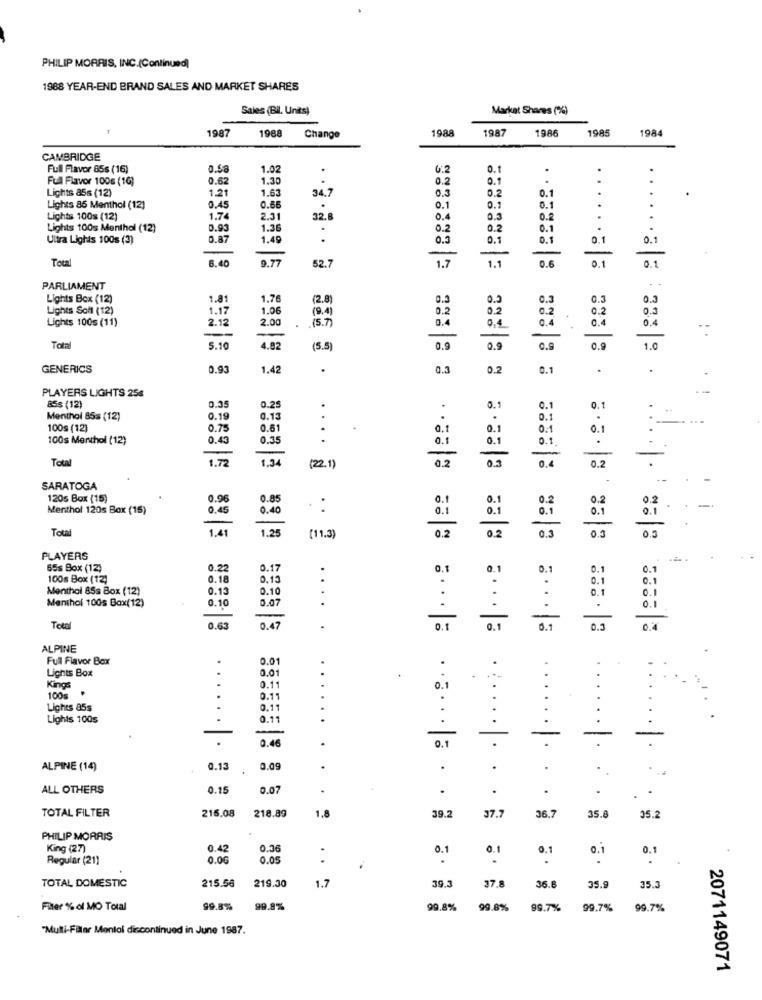
PHILIP MORRIS, INC.(Continued]
1988 YEAR-END BRAND SALES AND MARKET SHARES
Sales (Bil. Units)
Market Shares (%)
1987
1988
1988
1987
1986
1985
1984
Change
CAMBRIDGE
Full Flavor 85s (16)
0.5
1.02
4:2
0.1
.
Full Flavor 100g (16)
0.62
1.30
0.2
0.1
Lights 85s (12)
1.21
1.63
0.3
0.2
0.1
34.7
Lights 85 Menthol (12)
0.66
0.1
0.1
0.1
Lights 100s (12)
1.74
2.31
32.
0.4
0.2
0.2
.. .
Lights 100s Menthol (12)
0.93
1.36
0.2
0.2
0.1
Ultra Lights 100s (3)
0.87
1.49
0.3
0.1
0.1
0.1
0.1
-
Total
9.77
1.7
1.1
0.6
0.1
6.40
52.7
0.1
. .
PARLIAMENT
Lights Box (12)
1.81
1.76
(2.8
0.3
0.3
0.3
0.3
Lights Soft (12)
1.12
1.06
(9.4)
0.2
0.2
0.2
0.2
0.1
Lights 100s (11)
2.12
2.00
(5.7
0.4
0.4
0.4
0.4
0.4
Total
5.10
4.82
(5.5
0.9
0.9
0.9
1.0
GENERICS
0.93
1.42
0.3
0.2
0.1
PLAYERS LIGHTS 258
0.35
858 (12)
0.25
0.1
0.1
0.1
Menthol 85s (12)
0.19
0.13
0.1
.
100s (12)
0.75
0.61
.
0.1
0.1
0:1
0.1
100s Menthol (12)
0.43
0.35
0.1
0.1
0.1
.
-
Total
1.72
0.2
0.4
0.2
(22.1)
SARATOGA
120s Box (15)
0.96
0.85
.
0.1
0.1
0.2
0.2
Menthol 120s Box (15)
0.45
0.40
0.
0.1
0.1
0.1
0.1
Total
1.4
1.25
0.2
0.3
0,0
(11.3)
0.3
PLAYERS
65s Box (12)
0.22
0.17
Q.
0.1
0.1
0.1
100s Box (12)
0.18
0.13
.
0.1
0.1
Menthol 85s Box (12)
0.13
0.10
0.1
0.1
Menthol 100s Box(12)
0.10
0.07
0.1
-
Total
0.63
0.47
0.1
0.1
0.3
ALPINE
Full Flavor Box
.
0.01
Lights Box
0.01
Kings
0.11
100s
.
0.11
Lights 85s
.
0.11
Lights 100s
0.11
0.46
-
0.1
ALPINE (14)
0.13
0.09
.
.
ALL OTHERS
0.15
0.07
.
.
.
TOTAL FILTER
215.08
218.89
37.7
39.2
36,7
35.8
35.
PHILIP MORRIS
King (27)
0.42
0.36
0.1
0.1
0.1
0.
0.1
Regular (21)
0.0G
0.05
.
TOTAL DOMESTIC
215.58
219.30
1.7
39.3
37.8
36.6
35.9
35.5
Fiter % of MO Total
99.8%
99.8%
99.8%
99.8%
99.7%
99.7%
99.7%
"Mulli-Filler Menlol discontinued in June 1987.
2071149071